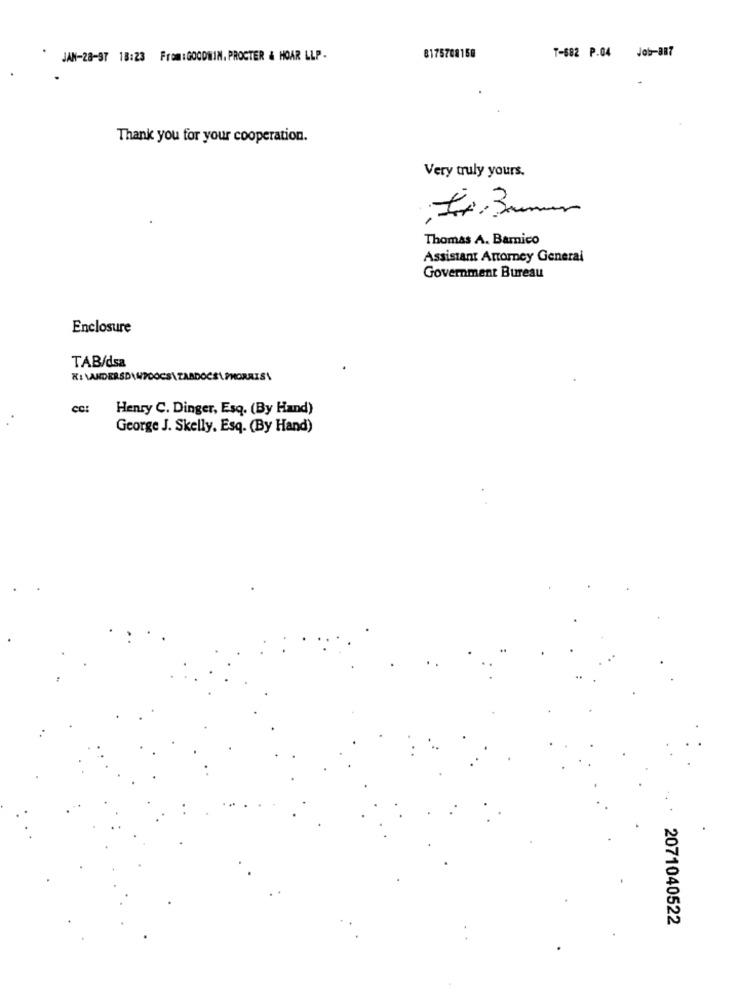
JAN-28-97 18:23 Frem:GOODWIN, PROCTER & HOAR LLP-
8175708158
T-682 P.04 Job-887
Thank you for your cooperation.
Very truly yours.
Thomas A. Barnico
Assistant Attorney General
Government Bureau
Enclosure
TAB/dsa
cc:
Henry C. Dinger, Esq. (By Hand)
George J. Skelly, Esq. (By Hand)
2071040522